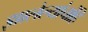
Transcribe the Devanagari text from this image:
झालेल्यांचांहि